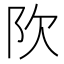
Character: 𬮼